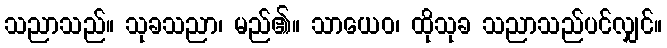
သညာသည်။ သုခသညာ၊ မည်၏။ သာယေဝ၊ ထိုသုခ သညာသည်ပင်လျှင်။